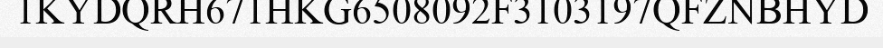
1KYDQRH671HKG6508092F3103197QFZNBHYD